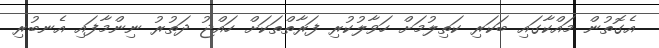
އެގޮތުން މައްކާގައި ބަކަރި ކަތިލުމަށް ހަވާލުކުރި ފަރާތްތަކަށް ހައްޖު ދަތުރު ނިންމާފައި އެނބުރި